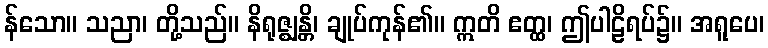
န်သော။ သညာ၊ တို့သည်။ နိရုဇ္ဈန္တိ၊ ချုပ်ကုန်၏။ ဣတိ ဧတ္ထ၊ ဤပါဠိရပ်၌။ အရူပေ၊